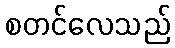
စတင်လေသည်